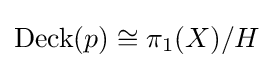
\operatorname {Deck} (p)\cong \pi _{1}(X)/H